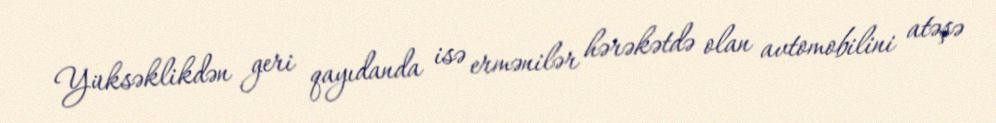
Yüksəklikdən geri qayıdanda isə ermənilər hərəkətdə olan avtomobilini atəşə